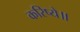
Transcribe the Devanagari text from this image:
करिष्ये॥